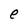
Character: e